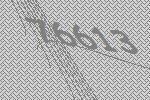
76613